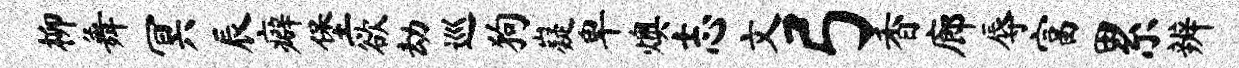
柳舞冥辰癖堡欲劫巡狗嶷卑燠志文弓香廊辱富累辨